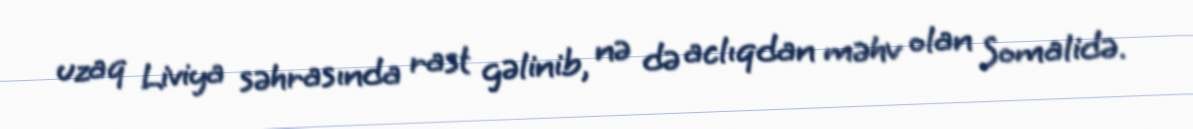
uzaq Liviya səhrasında rast gəlinib, nə də aclıqdan məhv olan Somalidə.